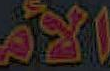
الأم